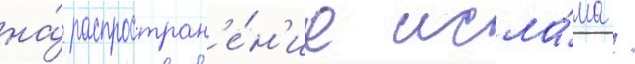
на́ распростран'е́н'ие исла́ма /